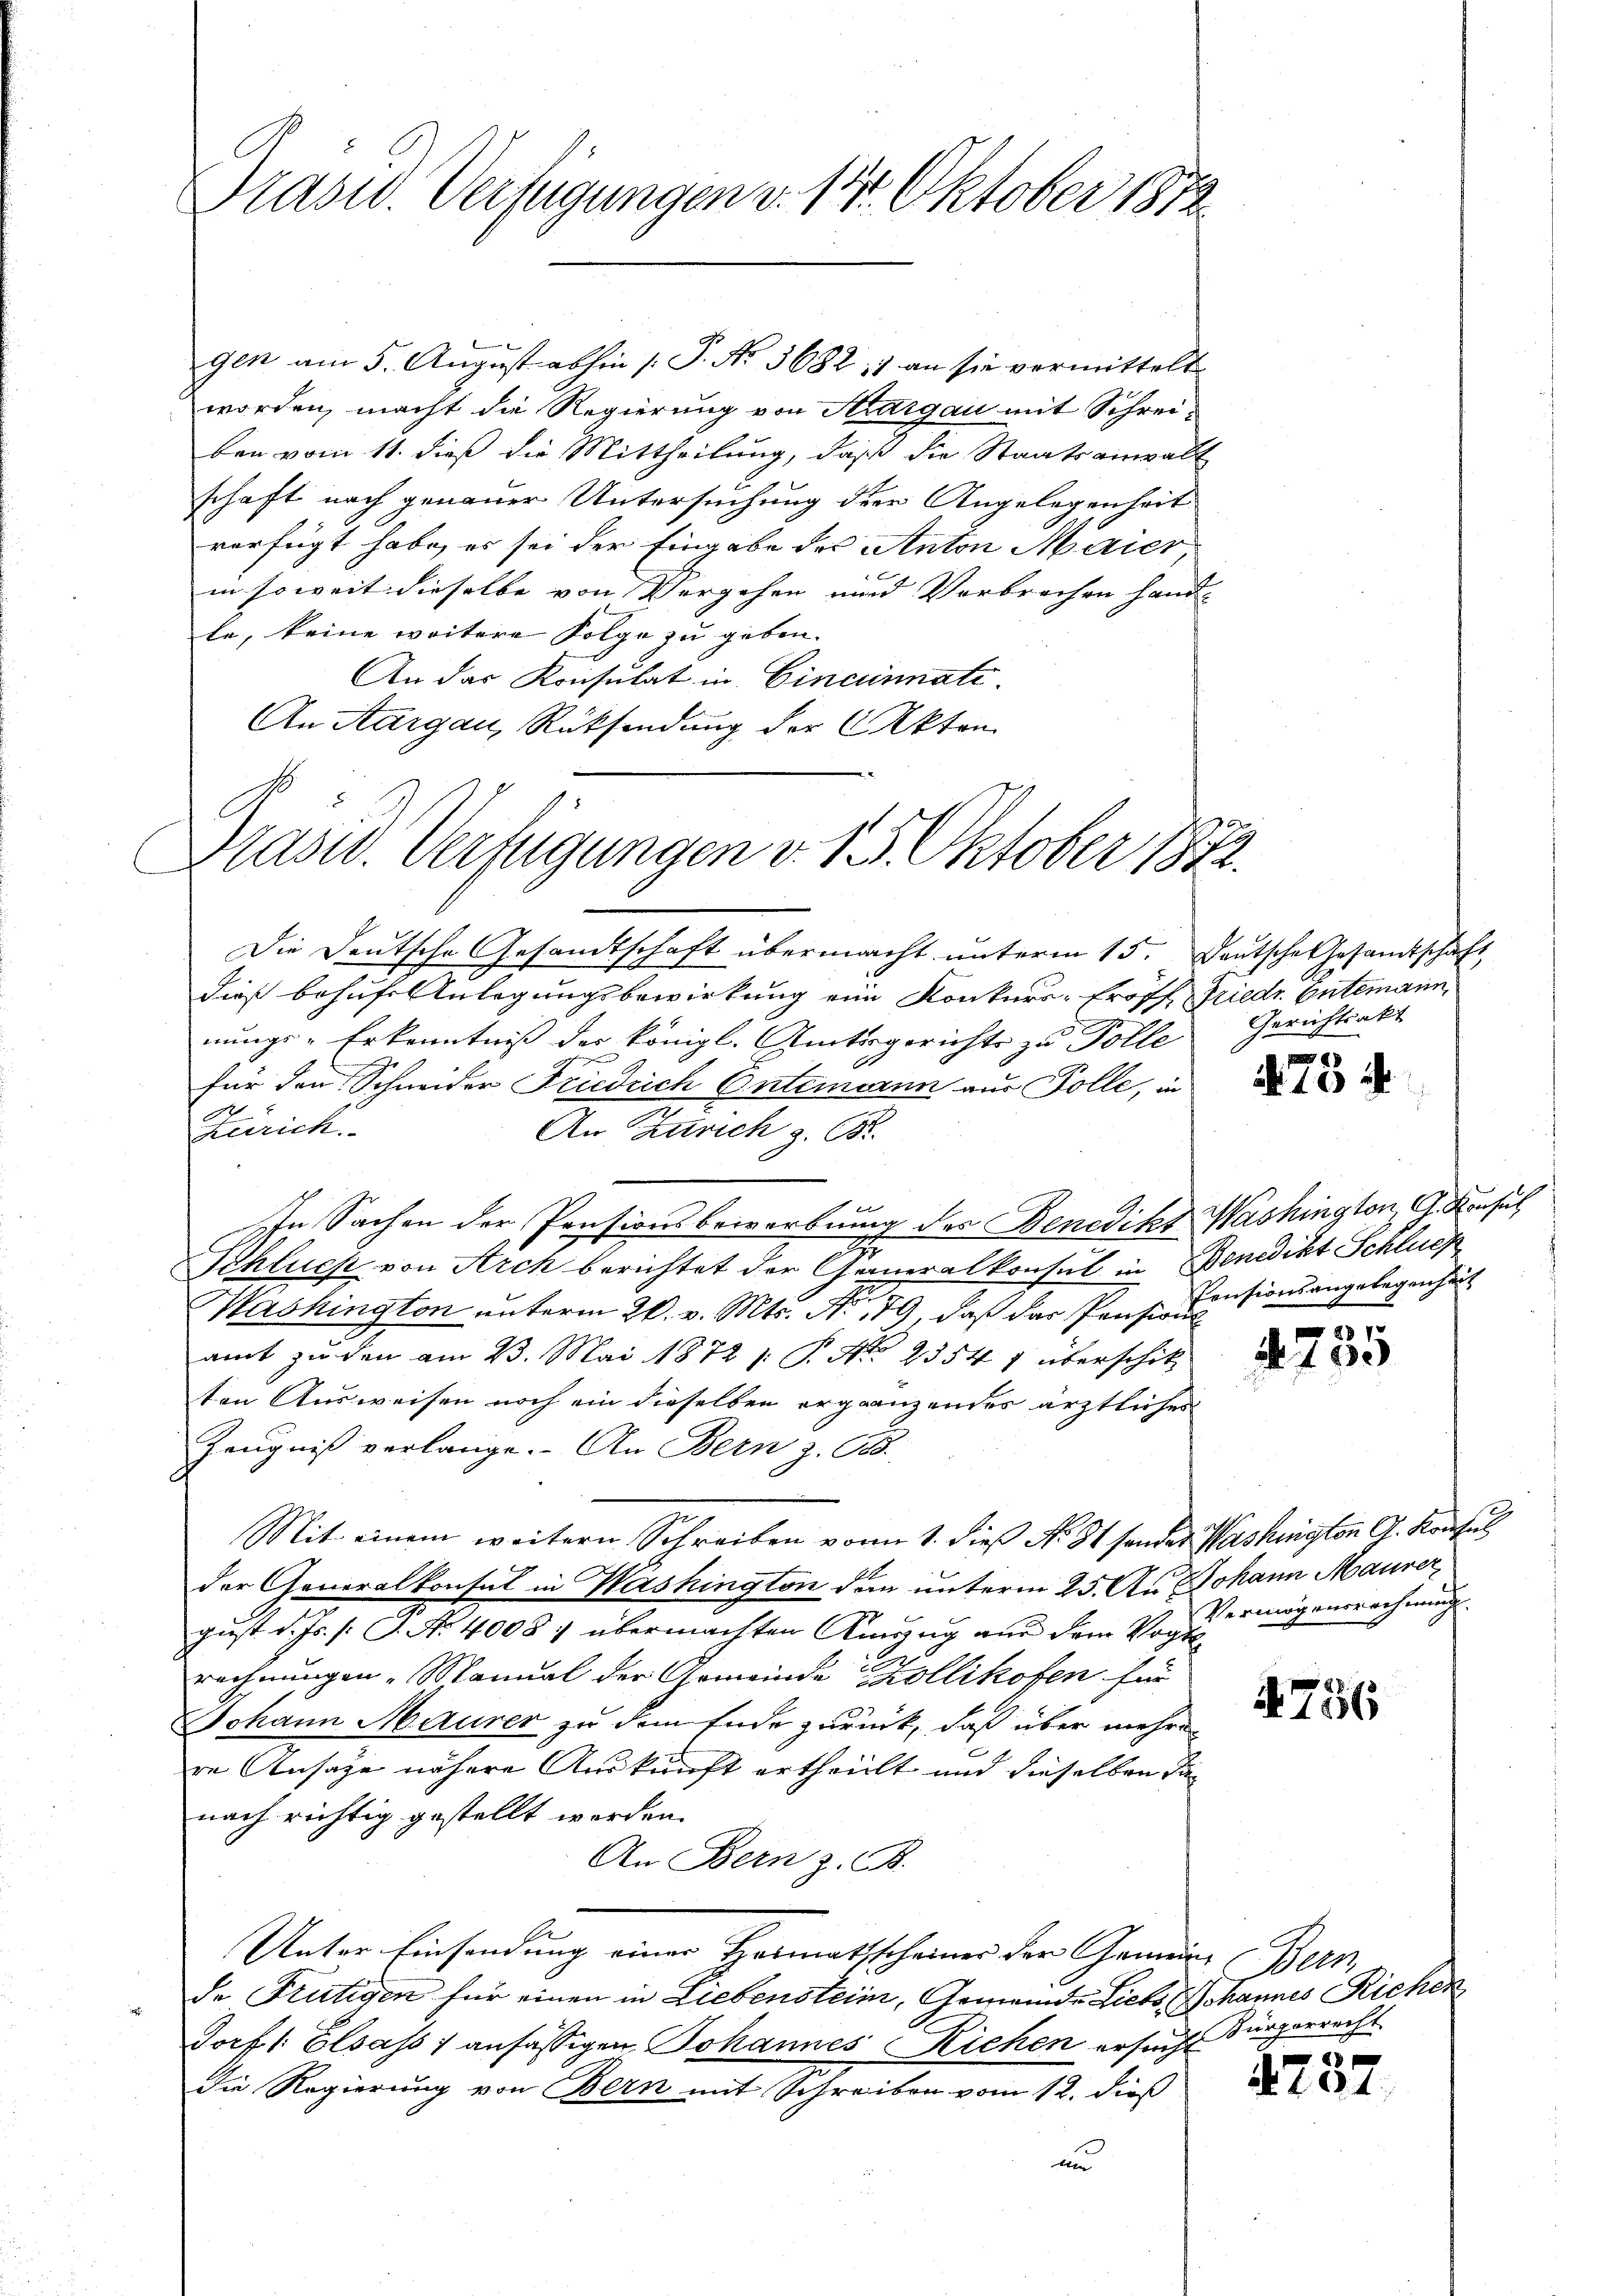
Präsid. Verfügungen v. 14. Oktober 1872

worden, macht die Regierung von Aargau mit Schrei-
ben vom 11. dieß die Mittheilung, daß die Staatsanwalt
schaft nach genauer Untersuchung der Angelegenheit
verfügt habe, es sei der Eingabe des Anton Maier,
in soweit dieselbe von Vergehen und Verbrechen hand-
le, keine weitere Folge zu geben.
An das Konsulat in Cincinnate.
An Aargau, Rücksendung der Akten
Die Deutsche Gesandtschaft übermacht unterm 15. Deutsche Gesandtschaft
dieß behufe Anlegungsbewirkung ein Konkurs-Eröff Friedr. Entemann,
nungs-Erkenntniß der Königl. Amtsgerichts zu Dolle Gerichtsakt
für den Schneider Friedrich Ontemann aus Polle, in
Zeirich.
An Zürich z. B.
In Sachen der Pensionsbewerbung des Benedikt Washington, A. Konsul
2
.
Schluch von Arch berichtet der Generalkonsul in Benedikt Schlues
Washington unterm 20. v. Mts. No. 179, daß das Pension
amt zu den am 23. Mai 1872 [: P. Nr. 2354 1 überschik
ton Ausweisen noch ein dieselben ergänzendes ärztliches
Zeugniß verlange. An Bern z. B.
Mit einem weitern Schreiben vom 1. dieß No. 81 sender Washington A. Konsul
der Generalkonsul in Wershington den unterm 25. Au Johann Maurer,
gust d. Js. s. S. Nr. 4008 / übermachten Kunzug aus dem Vort
rechnungen Manual der Gemeinde Kollikofen für
Johann Maurer zu dem Ende zurück, daß über mehren
re Ansage nähere Auskunft ertheilt und dieselben danach richtig gestellt worden.
An Bern z. B.
Unter Einsendung einer Heimathscheiner der Gemein Bern
de Frutigen für einen in Liebenstein, Gemeinde Liebs Johannes Richen
13x Dorf /: Elsass, ansässigen Johannes Richen ersuch Bürgerrecht
Die Regierung von Bern mit Schreiben vom 12. dieß
und

C
Prasw. Verfügungen v. 15. Oktober 1872.

gen am 5. August abhin [P. Nr. 3682; 1 an sie vermittelt

88
A 10 i

Pensionsangelegenheit

287
a 100

Vermögensrechnung

4756

A 104.